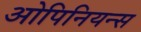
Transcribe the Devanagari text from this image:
ओपिनियन्स